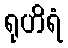
ရုဟိရံ